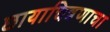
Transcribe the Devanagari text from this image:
छायाचित्रणाचा